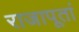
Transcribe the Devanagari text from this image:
राजापूतां